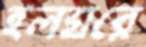
হলঘরে